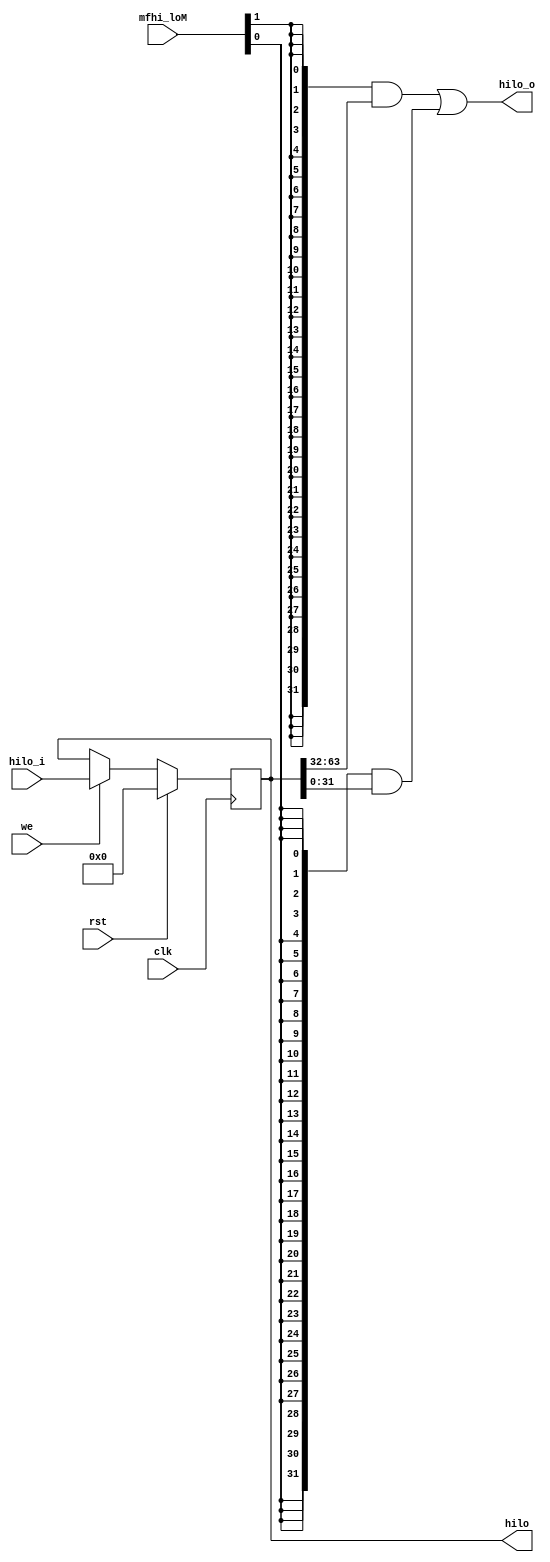
module hilo_reg(
                input wire        clk,rst,we, //both write lo and hi
                input wire [1:0] mfhi_loM,

                input wire [63:0] hilo_i,
                output wire [31:0] hilo_o,
                output reg [63:0] hilo
                );
   // wire [63:0] hilo_ii;
   always @(posedge clk) begin
      if(rst)
         hilo <= 0;
      else if(we)
         hilo <= hilo_i;
      else
         hilo <= hilo;
   end
   
   // assign hilo_ii = ( {64{~rst & we}} & hilo_i );

   // 读hilo逻辑；
   wire mfhi, mflo;
   assign mfhi = mfhi_loM[1];
   assign mflo = mfhi_loM[0];

   assign hilo_o = ({32{mfhi}} & hilo[63:32]) | ({32{mflo}} & hilo[31:0]);
endmodule